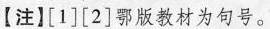
【注】\left[1\right] \left[2\right] 鄂版教材为句号。